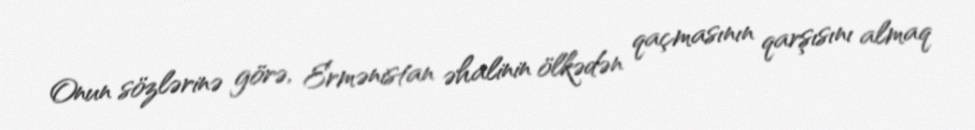
Onun sözlərinə görə, Ermənistan əhalinin ölkədən qaçmasının qarşısını almaq